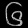
Digit: ၆